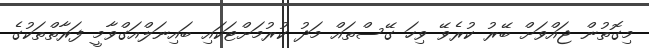
މިގޮތުން ޖައްވަށް ބޭރު ކުރެވޭ ވިހަ ގޭސްތައް މަދު ކުރުމަށްޓަކައި ބައިނަލްއަގްވާމީ ފަރާތްތަކުގެ